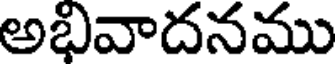
అభివాదనము